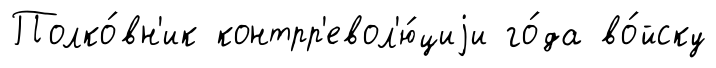
Полко́вн'ик контрр'евол'ю́циjи го́да во́йску